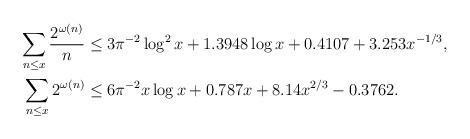
LaTeX: \begin{align*} \sum_{n\leq x} \frac{2^{\omega(n)}}{n} &\leq 3 \pi^{-2} \log^{2} x + 1.3948\log x + 0.4107+ 3.253x^{-1/3},\\ \sum_{n\leq x} 2^{\omega(n)} &\leq 6 \pi^{-2} x \log x + 0.787x + 8.14 x^{2/3} - 0.3762 .\\ \end{align*}